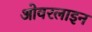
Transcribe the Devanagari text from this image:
ओवरलाइन